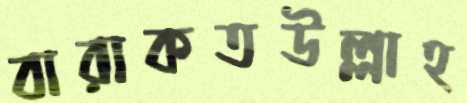
বারাকতউল্লাহ